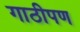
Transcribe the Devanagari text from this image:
गाठीपण